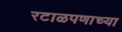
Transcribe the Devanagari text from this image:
रटाळपणाच्या